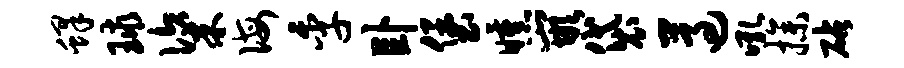
蜂球粢诲季卧堡曛嵌袋遵吼操砧